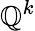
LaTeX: \mathbb{Q}^{k}